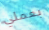
بعملي